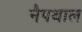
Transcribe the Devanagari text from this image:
नैपथाल